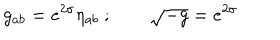
LaTeX: g _ { a b } = e ^ { 2 \sigma } \eta _ { a b } \ ; \qquad \sqrt { - g } = e ^ { 2 \sigma }